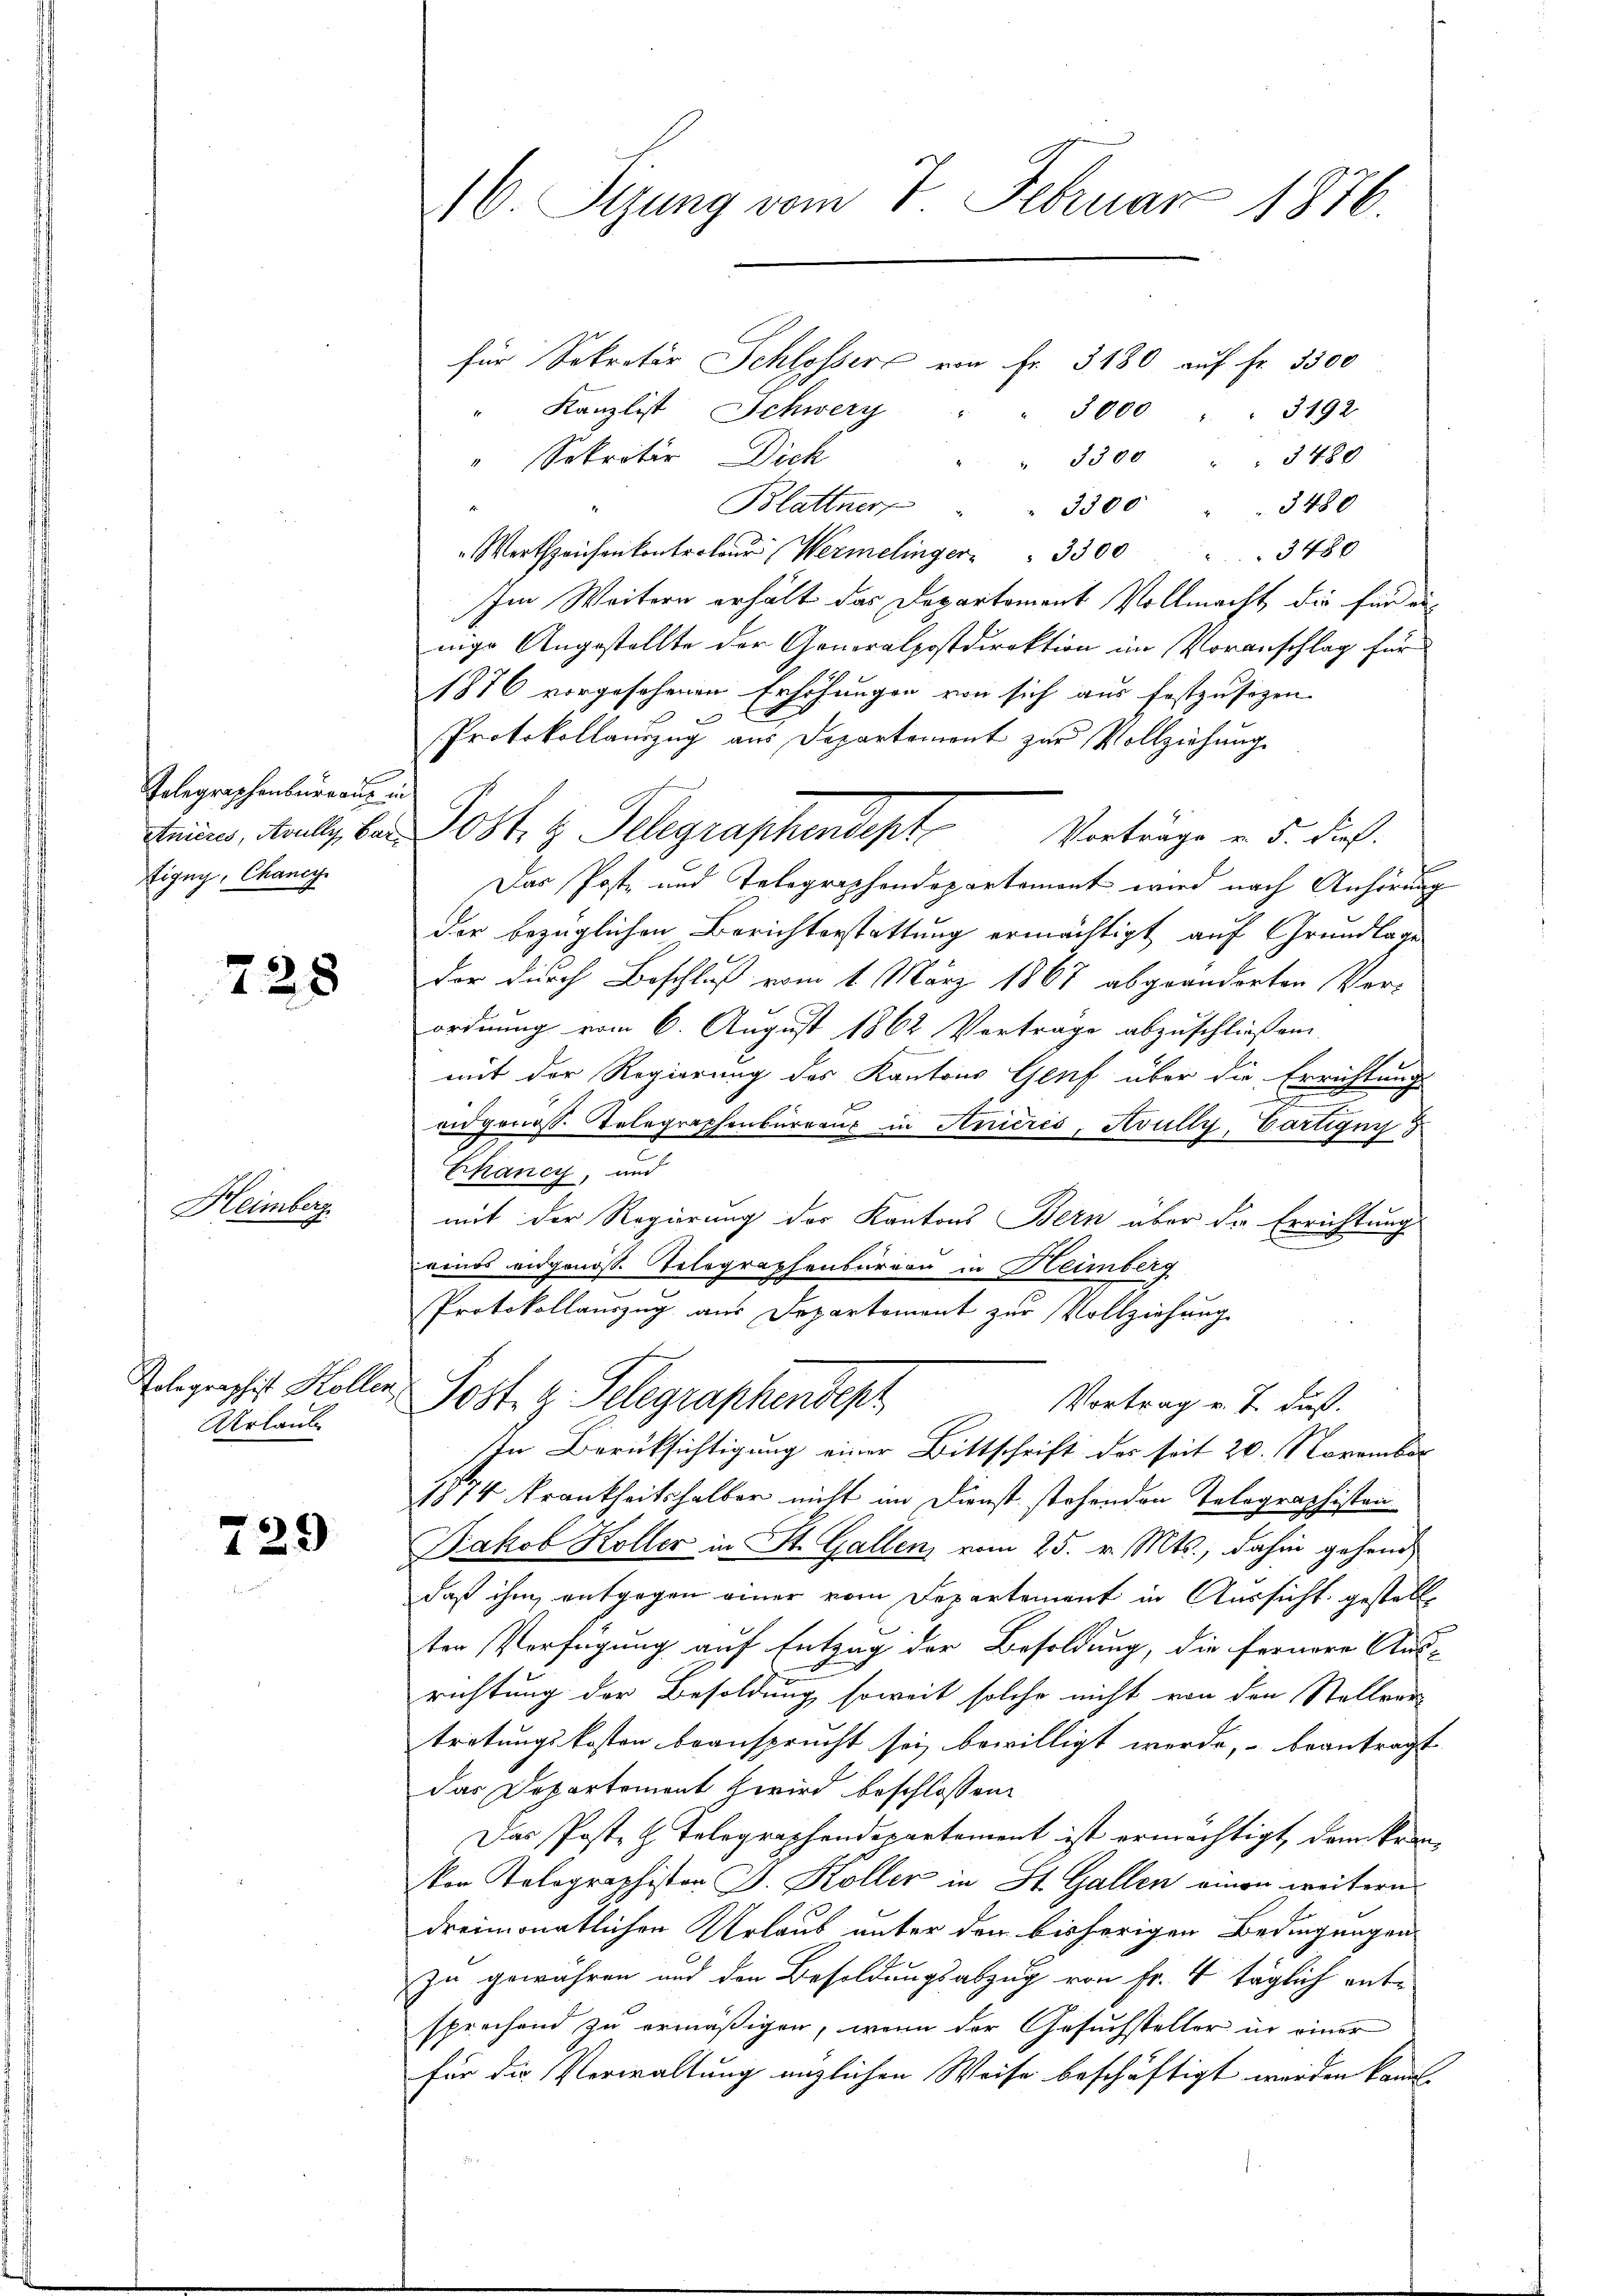
Telegraphenbureau in
tigny, Chancy

728

Heimberg

Urlaub

729

16. Sizung vom 7. Februar 1876.

für Sekretär Schlossers von Fr. 3180 auf Fr. 3500
" Kanzlist Schwery " " 3000 " " 3192
Sekretio Dich
" 3300 " " 3480
Blattner
3300 " " 3480
Wertheichenkontroleur (Wermelinger                                                      3480
Im Weitern erhält das Departement Vollmacht, die für einige Angestellte der Generalpostdirektion im Voranschlag für
1876 vorgesehenen Erhöhungen von sich aus festzusizen

Protokollauszug aus Departemont zur Vollziehung
Vorträge v. 5. dies
f
Das Poste und Telegraphendepartement wird nach Anhörung
der bezüglichen Berichterstattung ermächtigt auf Grundlage
der durch Beschluß vom 1. März 1867 abgeänderten Vorordnung vom 6. August 1862 Vortrage abzuschließen.
d
mit der Regierung des Kantons Genf über die Errichtung
x
en genoss. Telegraphenbureaux in Aniérés, Avully, Partigun
Chancy, und
mit der Regierung des Kantons Bern über die Errichtung
eines eidgenösse Telegraphenbureau in Heimberg
Protokollauszug aus Departemont zur Vollziehung
Relegraphis Koller Post. g. Telegraphendept
Vortrag v. J. Fuß.
In Berücksichtigung einer Bittschrift des seit 20. November
1814 Frankheitshalber nicht im Dienst stehenden Telegraphisten
Jakob Koller in St. Gallen vom 25. v. Mts., dahin gehend
daß ihm entgegen einer vom Departement in Aussicht gestelle
ter Verfügung auf Entzug der Besoldung, die fernere Aus-
richtung der Besoldung soweit solche nicht von den Stellver-
tretungskosten beansprucht sei bewilligt werde, beantragt
das Departement wird beschlossen:
Das Poste z. Telegraphendepartement ist ermächtigt, dann kranvon Tolographiston J. Koller in St. Gallen einen weitern
dreimonatlichen Urlaub unter den bisherigen Bedingungen
zu gewähren und den Besoldungsabzug von Fr. 4 täglich ent-
sprochend zu ermäßigen, wenn der Gesuchsteller in einer
für die Verwaltung enzlichen Weise beschäftigt werden kannt,

Ariens, Kolle, bei Post, z. Telegraphendept